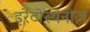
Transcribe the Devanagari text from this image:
इरेटोस्थेनीज़